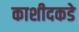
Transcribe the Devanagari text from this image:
काशीदकडे